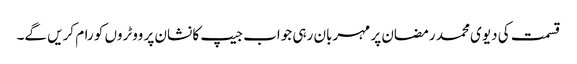
قسمت کی دیوی محمد رمضان پر مہربان رہی جواب جیپ کا نشان پر ووٹروں کو رام کریں گے۔